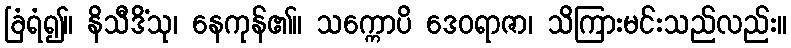
ခြံရံ၍။ နိသီဒိံသု၊ နေကုန်၏။ သက္ကောပိ ဒေဝရာဇာ၊ သိကြားမင်းသည်လည်း။